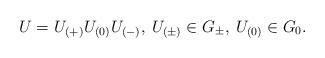
LaTeX: \begin{align*}U= U_{(+)} U_{(0)} U_{(-)},\> U_{(\pm)}\in G_\pm,\>U_{(0)}\in G_0.\end{align*}